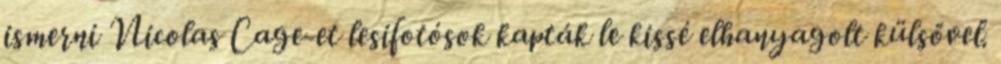
ismerni Nicolas Cage-et lesifotósok kapták le kissé elhanyagolt külsővel.